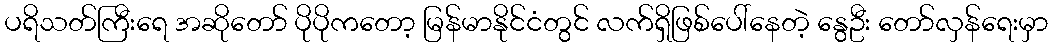
ပရိသတ်ကြီးရေ အဆိုတော် ပိုပိုကတော့ မြန်မာနိုင်ငံတွင် လက်ရှိဖြစ်ပေါ်နေတဲ့ နွေဦး တော်လှန်ရေးမှာ